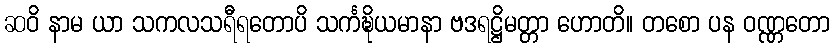
ဆဝိ နာမ ယာ သကလသရီရတောပိ သင်္ကဍ္ဎိယမာနာ ဗဒရဋ္ဌိမတ္တာ ဟောတိ။ တစော ပန ဝဏ္ဏတော